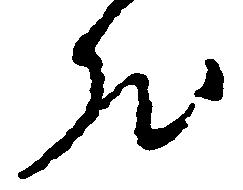
然